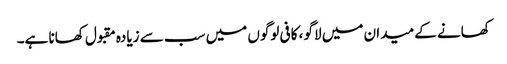
کھانے کے میدان میں لاگو ، کافی لوگوں میں سب سے زیادہ مقبول کھانا ہے۔